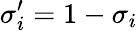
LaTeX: \sigma_{i}^{\prime}=1-\sigma_{i}